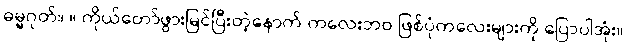
ဓမ္မဂုတ်။ ။ ကိုယ်တော်ဖွားမြင်ပြီးတဲ့နောက် ကလေးဘဝ ဖြစ်ပုံကလေးများကို ပြောပါအုံး။